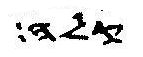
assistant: קלה